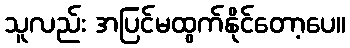
သူလည်း အပြင်မထွက်နိုင်တော့ပေ။